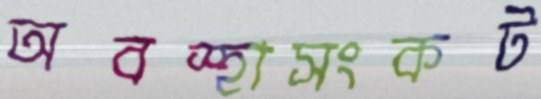
অবস্হাসংকট